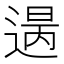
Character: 𨕈